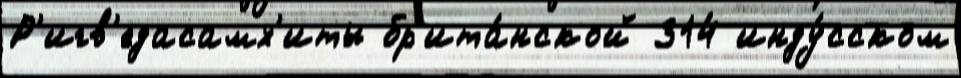
Р'игв'едасамх'иты бр'ита́нской 314 инду́сском